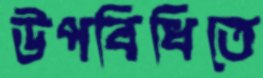
উপবিধিতে